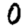
Digit: 0